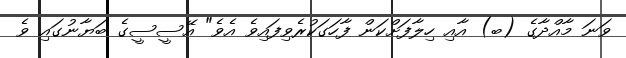
ވަނަ މާއްދާގެ (ބ) އާއި ހިލާފަށްކަން ފާހަގަކުރެވިފައިވެ އެވެ" އޭސީސީގެ ބަޔާނުގައި ވެ